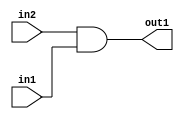
`timescale 1ps / 1ps
/*****************************************************************************
    Verilog RTL Description
    
    
    Created by: Stratus DpOpt 2019.1.01 
*******************************************************************************/

module GaussFilter_And_1Ux1U_1U_4 (
	in2,
	in1,
	out1
	); /* architecture "behavioural" */ 
input  in2,
	in1;
output  out1;
wire  asc001;

assign asc001 = 
	(in2)
	&(in1);

assign out1 = asc001;
endmodule

/* CADENCE  urf2Tgk= : u9/ySgnWtBlWxVPRXgAZ4Og= ** DO NOT EDIT THIS LINE ******/